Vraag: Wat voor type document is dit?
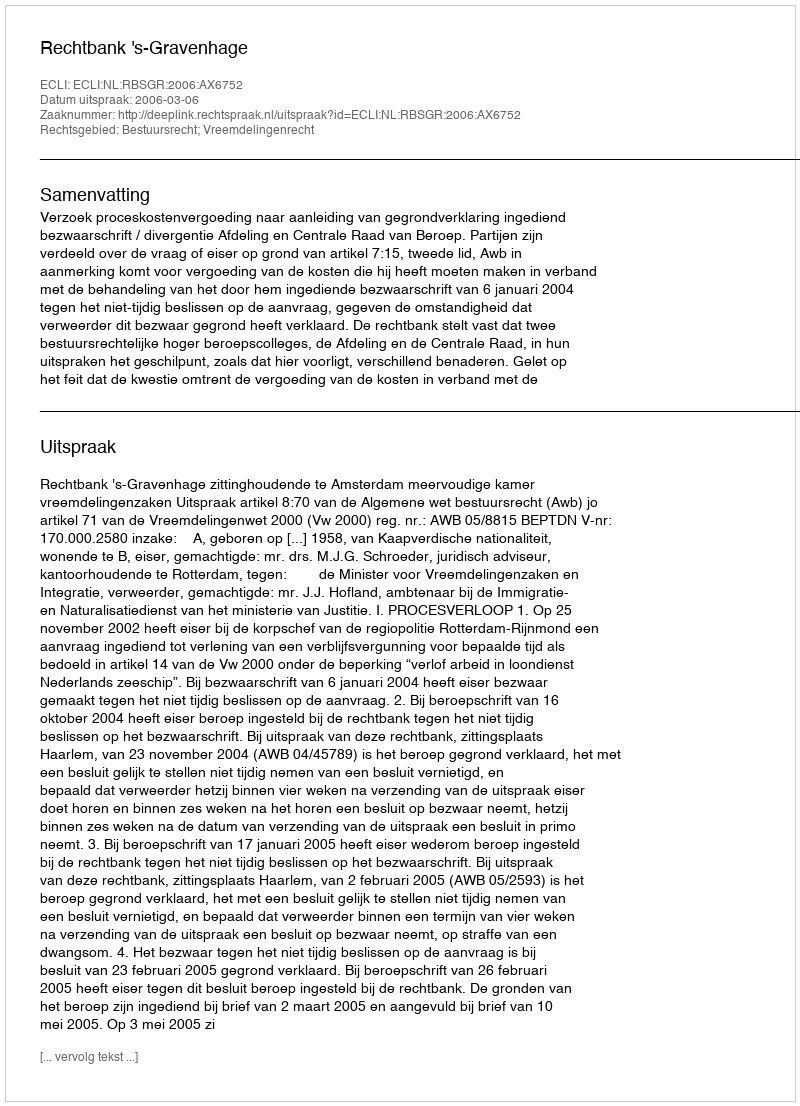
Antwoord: Uitspraak